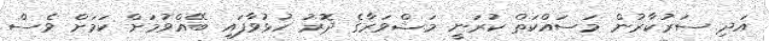
އަދި ސަރުކާރުން މަސައްކަތް ކުރަނީ މަޝްވަރާގެ ދޮރު ހުޅުވާފައި ބޭއްވުމަށް ކަމަށް ވެސް